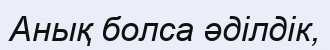
Анық болса әділдік,